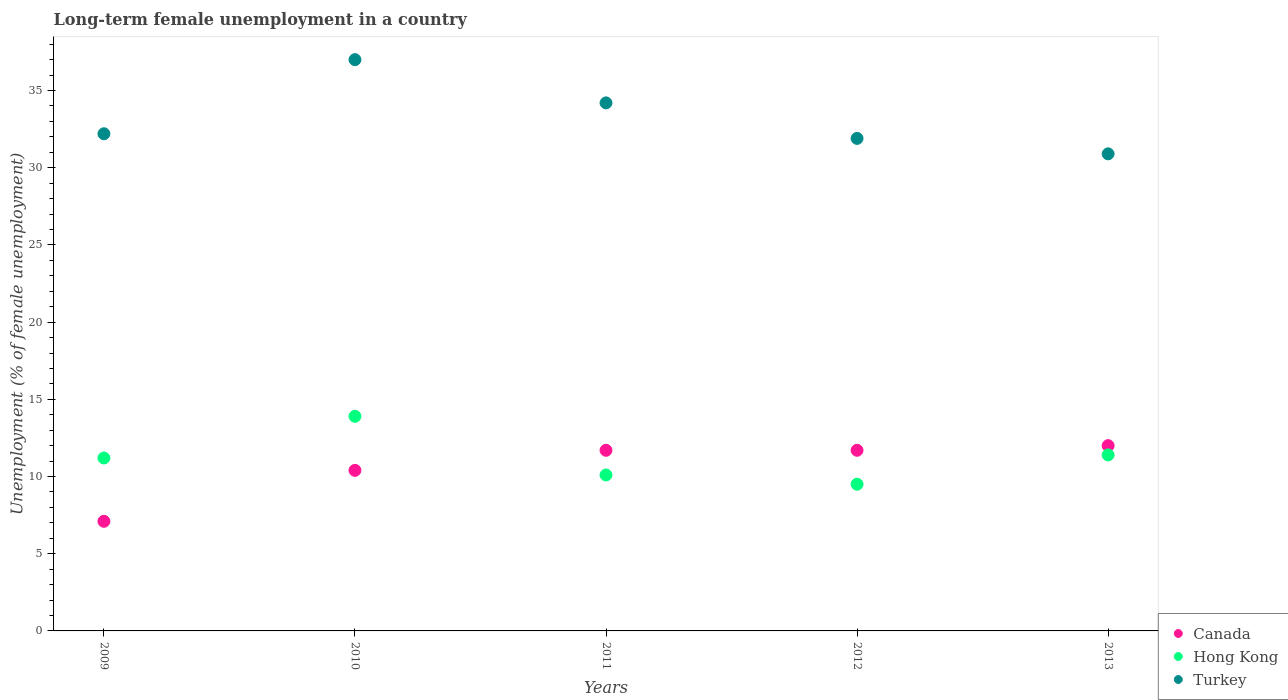
| Years | Canada | Hong Kong | Turkey |
 | --- | --- | --- | --- |
 | 2009 | 7.1 | 11.2 | 32.2 |
 | 2010 | 10.4 | 13.9 | 37 |
 | 2011 | 11.7 | 10.1 | 34.2 |
 | 2012 | 11.7 | 9.5 | 31.9 |
 | 2013 | 12 | 11.4 | 30.9 |